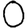
Digit: 0